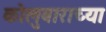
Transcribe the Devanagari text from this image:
कोलुबाराच्या